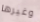
وغيرها